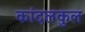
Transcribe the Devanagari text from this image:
कांदलकुल